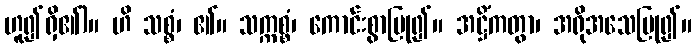
ဟူ၍ရှိ၏)။ ဟိ သစ္စံ၊ ၏။ သက္ကစ္စံ၊ ကောင်းစွာပြု၍။ အဋ္ဌိံကတွာ၊ အရိုအသေပြု၍။